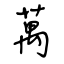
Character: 萬